Report on the working of the Ranchi Indian Mental Hospital, Kanke, in Bihar and Orissa - 1930-1940
Year: 1930
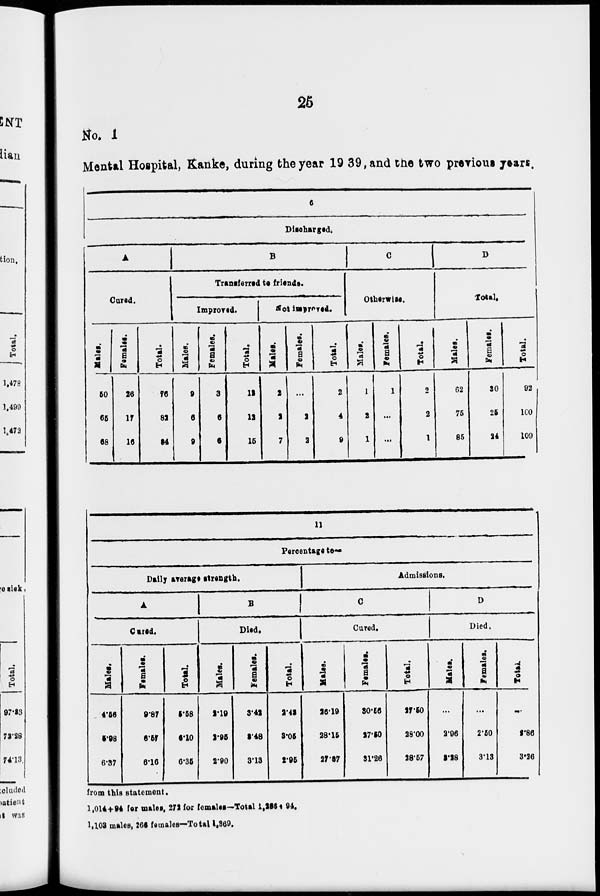
25
No. 1
Mental Hospital, Kanke, during the year 1939, and the two previous years.
6
Discharged.
A
Cured.
Males.
50
65
68
Females.
26
17
16
Total.
76
82
84
B
Transferred to friends.
Improved.
Males.
9
6
9
Females.
3
6
6
Total.
12
12
15
Not improved.
Males.
2
2
7
Females.
...
2
2
Total.
2
4
9
C
Otherwise.
Males.
1
2
1
Females.
1
...
...
Total.
2
2
1
D
Total.
Males.
62
75
85
Females.
30
25
24
Total.
92
100
109
11
Percentage to—
Daily average strength.
A
Cured.
Males.
4.56
5.98
6.37
Females.
9.87
6.57
6.16
Total.
5.58
6.10
6.36
B
Died.
Males.
2.19
2.96
2.90
Females.
3.42
3.48
3.13
Total.
2.43
3.05
2.95
Admissions.
C
Cured.
Males.
26.19
28.15
27.37
Females.
30.56
27.50
31.26
Total.
27.50
28.00
28.57
D
Died.
Males.
...
2.96
3.28
Females.
...
2.50
3.13
Total.
...
5.86
3.26
from this statement.
1,014+94 for males, 272 for females—Total 1,265+94.
1,103 males, 266 females—Total 1,369.